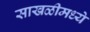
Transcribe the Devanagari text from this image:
साखळीमध्ये